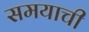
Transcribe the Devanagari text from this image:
समयाची